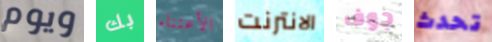
ويوم بك الأعتناء الانترنت جوف تحدث